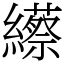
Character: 䌨